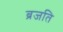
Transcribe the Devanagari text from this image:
ब्रजति